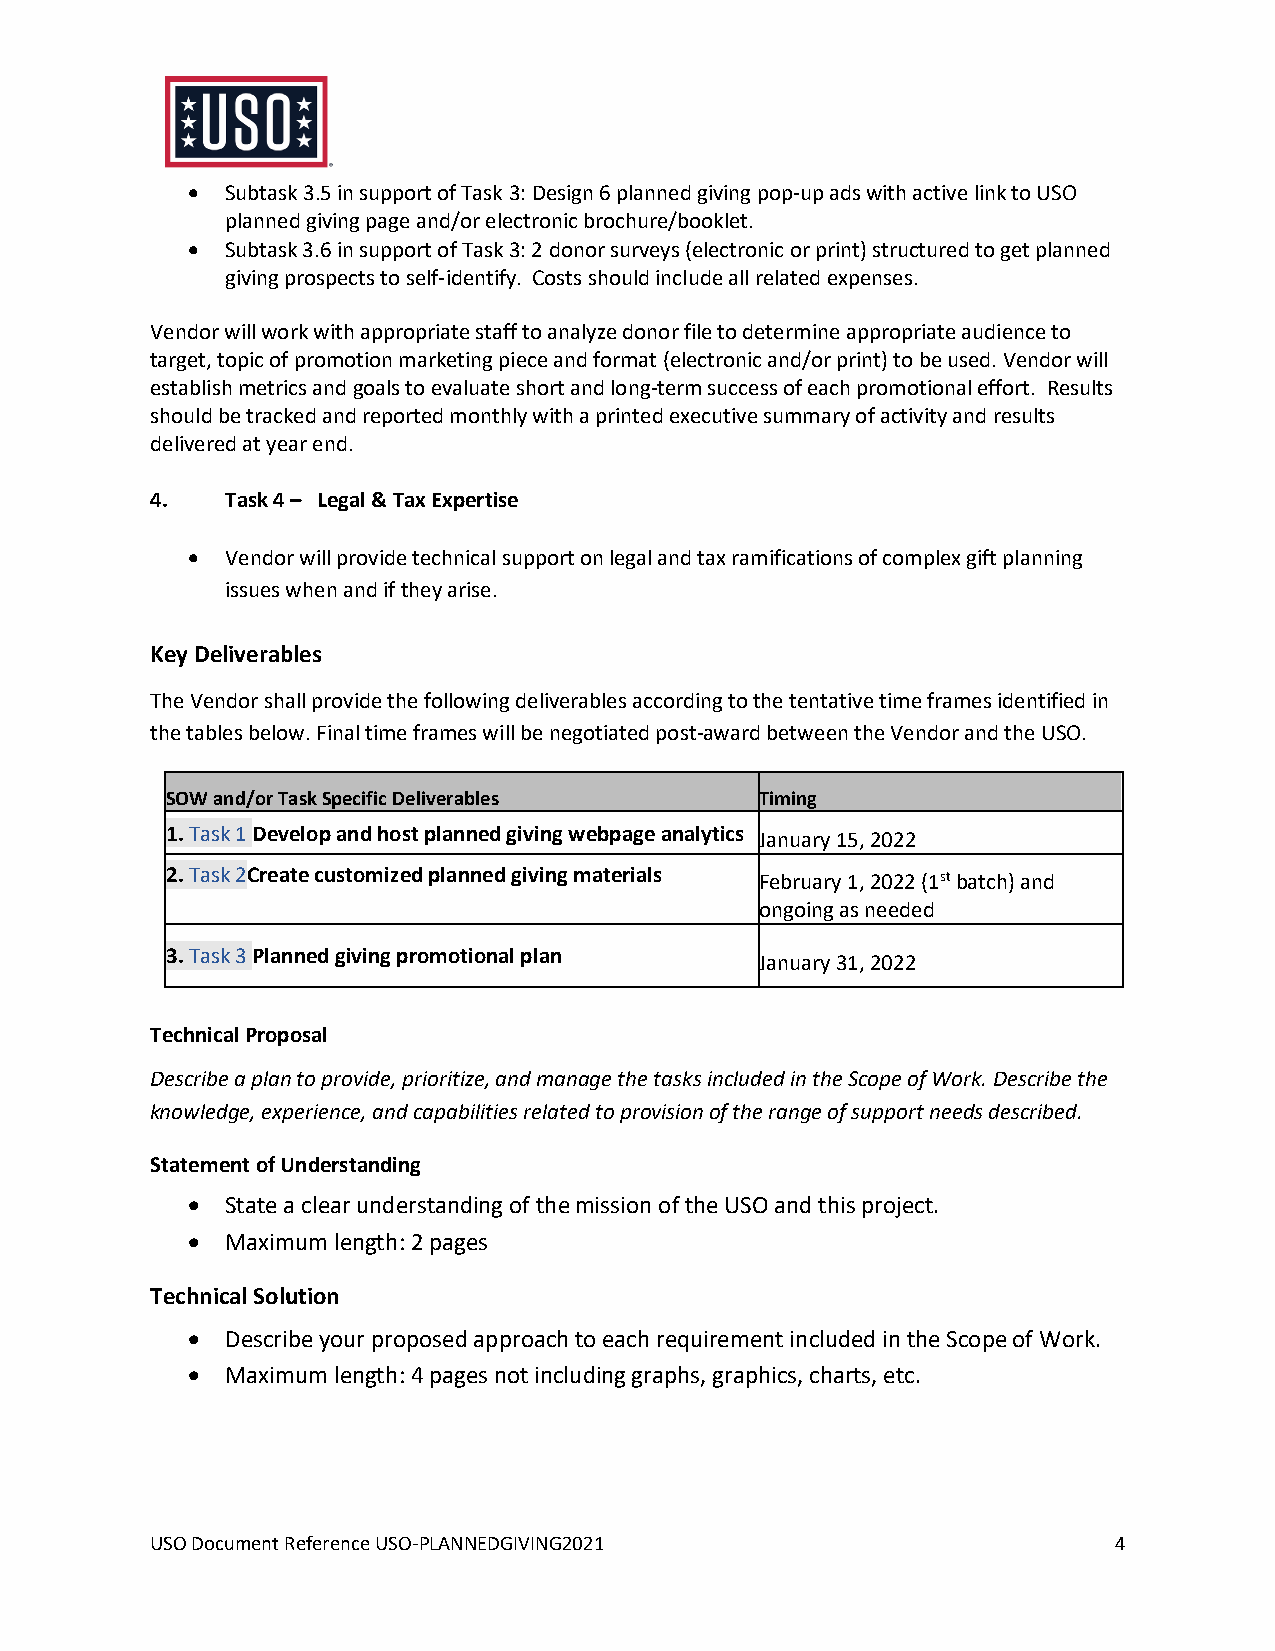
•  Subtask 3.5 in support of Task 3: Design 6 planned giving pop-up ads with active link to USO
 planned giving page and/or electronic brochure/booklet.
 •  Subtask 3.6 in support of Task 3: 2 donor surveys (electronic or print) structured to get planned
 giving prospects to self-identify. Costs should include all related expenses.
 Vendor will work with appropriate staff to analyze donor file to determine appropriate audience to
 target, topic of promotion marketing piece and format (electronic and/or print) to be used. Vendor will
 establish metrics and goals to evaluate short and long-term success of each promotional effort. Results
 should be tracked and reported monthly with a printed executive summary of activity and results
 delivered at year end.
 4.   Task 4 – Legal & Tax Expertise
 •  Vendor will provide technical support on legal and tax ramifications of complex gift planning
 issues when and if they arise.
 Key Deliverables
 The Vendor shall provide the following deliverables according to the tentative time frames identified in
 the tables below. Final time frames will be negotiated post-award between the Vendor and the USO.
 SOW and/or Task Specific Deliverables  Timing
 1 . Task 1 Develop and host planned giving webpage analytics January 15, 2022
 2. Task 2Create customized planned giving materials February 1, 2022 (1st batch) and
 ongoing as needed
 3. Task 3 Pla nned giving promotional plan January 31, 2022
 Technical Proposal
 Describe a plan to provide, prioritize, and manage the tasks included in the Scope of Work. Describe the
 knowledge, experience, and capabilities related to provision of the range of support needs described.
 Statement of Understanding
 •  State a clear understanding of the mission of the USO and this project.
 •  Maximum length: 2 pages
 Technical Solution
 •  Describe your proposed approach to each requirement included in the Scope of Work.
 •  Maximum length: 4 pages not including graphs, graphics, charts, etc.
 USO Document Reference USO-PLANNEDGIVING2021                    4